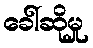
ခေါ်ဆိုမှု